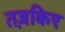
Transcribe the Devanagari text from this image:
तज़किए